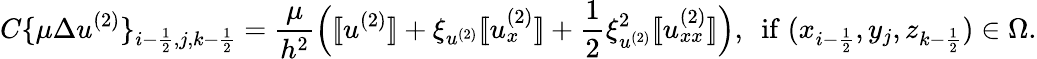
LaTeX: C\{ \mu\Delta u^{(2)}\} _{i-\frac{1}{2},j,k-\frac{1}{2}}=\frac{\mu}{h^{2}}\Big([\! [u^{(2)}]\! ]+\xi_{u^{(2)}}[\! [u_{x}^{(2)}]\! ]+\frac{1}{2}\xi_{u^{(2)}}^{2}[\! [u_{xx}^{(2)}]\! ]\Big),\ \ \mathrm{if}\; (x_{i-\frac{1}{2}},y_{j},z_{k-\frac{1}{2}})\in\Omega.